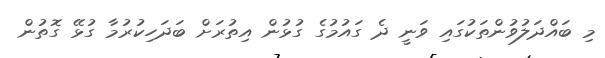
މި ބައްދަލުވުންތަކުގައި ވަނީ ދެ ގައުމުގެ ގުޅުން އިތުރަށް ބަދަހިކުރުމާ ގުޅޭ ގޮތުން